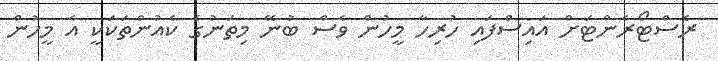
ރެސްޓޯރެންޓަށް އައިސްފައި ހުރިހާ މީހުން ވެސް ބުނޭ މިތަނުގެ ކެއުންތަކަކީ އެ މީހުން